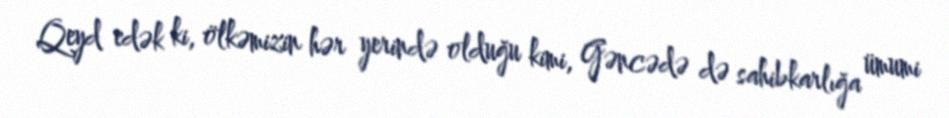
Qeyd edək ki, ölkəmizin hər yerində olduğu kimi, Gəncədə də sahibkarlığa ümumi